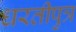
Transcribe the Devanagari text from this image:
धरतीपुत्र